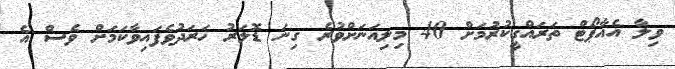
ވިލާ އެއާޕޯޓް ތަރައްގީކުރުމަށް 40 މިލިއަނަށްވުރެ ގިނަ ޑޮލަރު ޚަރަދުވެފައިވާކަމަށް ވެސް އެ